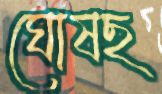
ঘোষছ